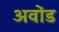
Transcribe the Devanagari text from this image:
अवोंड